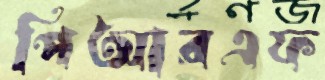
পিআরএফ